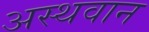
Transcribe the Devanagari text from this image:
अस्थवान